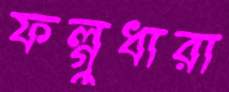
ফল্গুধারা